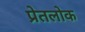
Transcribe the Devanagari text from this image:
प्रेतलोक